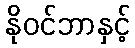
နိုဝင်ဘာနှင့်